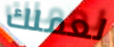
لعملك